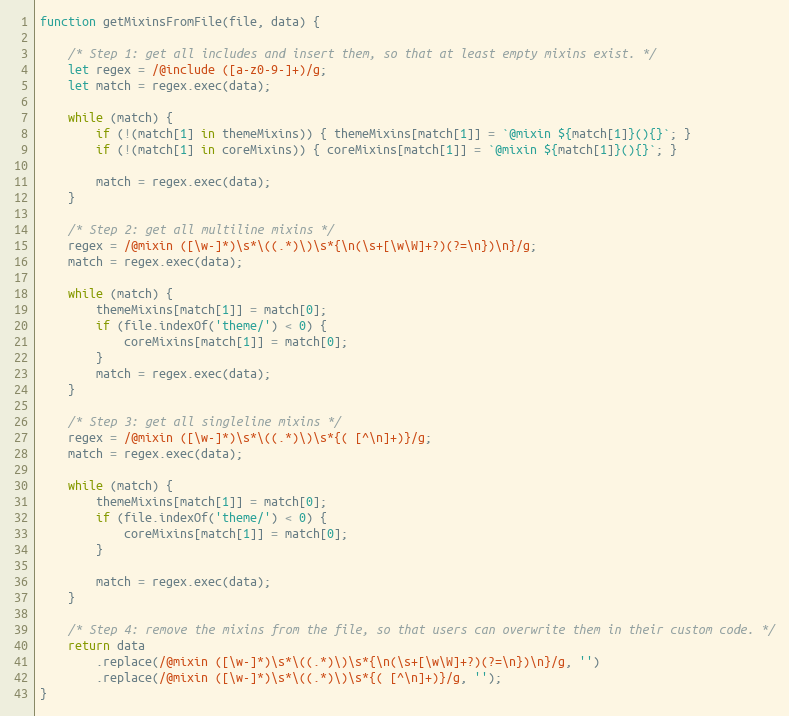
Language: JavaScript
function getMixinsFromFile(file, data) {

    /* Step 1: get all includes and insert them, so that at least empty mixins exist. */
    let regex = /@include ([a-z0-9-]+)/g;
    let match = regex.exec(data);

    while (match) {
        if (!(match[1] in themeMixins)) { themeMixins[match[1]] = `@mixin ${match[1]}(){}`; }
        if (!(match[1] in coreMixins)) { coreMixins[match[1]] = `@mixin ${match[1]}(){}`; }

        match = regex.exec(data);
    }

    /* Step 2: get all multiline mixins */
    regex = /@mixin ([\w-]*)\s*\((.*)\)\s*{\n(\s+[\w\W]+?)(?=\n})\n}/g;
    match = regex.exec(data);

    while (match) {
        themeMixins[match[1]] = match[0];
        if (file.indexOf('theme/') < 0) {
            coreMixins[match[1]] = match[0];
        }
        match = regex.exec(data);
    }

    /* Step 3: get all singleline mixins */
    regex = /@mixin ([\w-]*)\s*\((.*)\)\s*{( [^\n]+)}/g;
    match = regex.exec(data);

    while (match) {
        themeMixins[match[1]] = match[0];
        if (file.indexOf('theme/') < 0) {
            coreMixins[match[1]] = match[0];
        }

        match = regex.exec(data);
    }

    /* Step 4: remove the mixins from the file, so that users can overwrite them in their custom code. */
    return data
        .replace(/@mixin ([\w-]*)\s*\((.*)\)\s*{\n(\s+[\w\W]+?)(?=\n})\n}/g, '')
        .replace(/@mixin ([\w-]*)\s*\((.*)\)\s*{( [^\n]+)}/g, '');
}